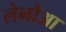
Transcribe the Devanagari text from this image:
लेनोआ